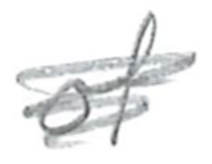
Text: of
Cross-out: scratch
Writing tool: pencil